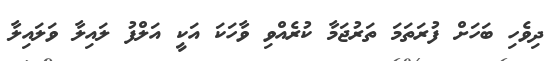
ދިވެހި ބަހަށް ފުރަތަމަ ތަރުޖަމާ ކުރެއްވި ވާހަކަ އަކީ އަލްފު ލައިލާ ވަލައިލާ